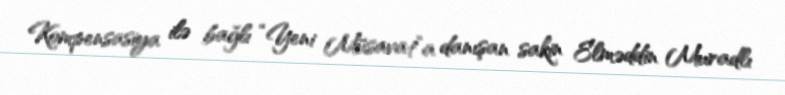
Kompensasiya ilə bağlı “Yeni Müsavat”a danışan sakin Elməddin Muradlı